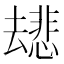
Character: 𫨯